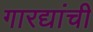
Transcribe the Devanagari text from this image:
गारद्यांची